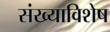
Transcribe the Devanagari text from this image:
संख्याविशेष